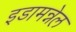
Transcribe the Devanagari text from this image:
इडामन्नेल